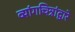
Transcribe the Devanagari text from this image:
व्यांगचित्रांद्वारे